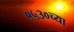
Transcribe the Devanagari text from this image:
१५३०च्या